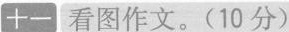
十一 看图作文。(10分）